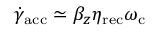
\dot { \gamma } _ { \mathrm { a c c } } \simeq \beta _ { z } \eta _ { \mathrm { r e c } } \omega _ { \mathrm { c } }